Annual report of the Madras Medical College
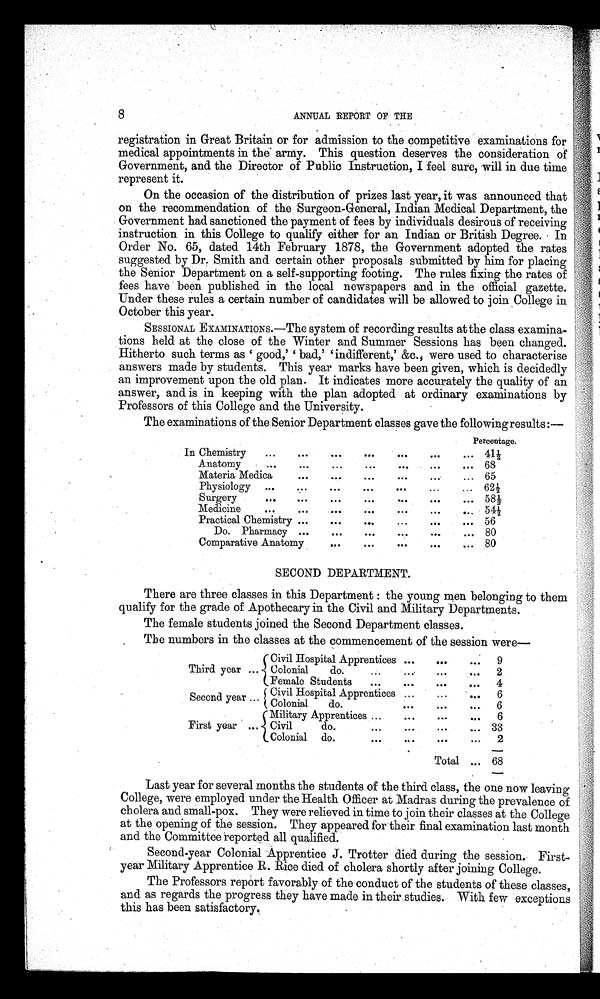
8
ANNUAL REPORT OF THE
registration in Great Britain or for admission to the competitive examinations for
medical appointments in the army. This question deserves the consideration of
Government, and the Director of Public Instruction, I feel sure, will in due time
represent it.
On the occasion of the distribution of prizes last year, it was announced that
on the recommendation of the Surgeon-General, Indian Medical Department, the
Government had sanctioned the payment of fees by individuals desirous of receiving
instruction in this College to qualify either for an Indian or British Degree. In
Order No. 65, dated 14th February 1878, the Government adopted the rates
suggested by Dr. Smith and certain other proposals submitted by him for placing
the Senior Department on a self-supporting footing. The rules fixing the rates of
fees have been published in the local newspapers and in the official gazette.
Under these rules a certain number of candidates will be allowed to join College in
October this year.
SESSIONAL EXAMINATIONS.—The system of recording results at the class examina-
tions held at the close of the Winter and Summer Sessions has been changed.
Hitherto such terms as good,' ' bad,' ' indifferent,' &c., were used to characterise
answers made by students. This year marks have been given, which is decidedly
an improvement upon the old plan. It indicates more accurately the quality of an
answer, and is in keeping with the plan adopted at ordinary examinations by
Professors of this College and the University.
The examinations of the Senior Department classes gave the following results :–
Percentage.
In Chemistry
. . .
...
...
...
...
...
. . . 41½
Anatomy
...
...
. . . . . .
...
...
. . . 68
Materia Medica
... ... ... ...
... ...
65
Physiology ...
...
...
... ... ... ...
62½
Surgery
. . .
. . . . . .
. . .
...
...
. . . 58½
Medicine
...
...
...
...
...
...
... 54½
Practical Chemistry
...
...
...
. . .
...
. . . 56
Do. Pharmacy ...
...
. . . . . .
. . .
. . . 80
Comparative Anatomy
... . . . . . .
. . .
. . .
. . . 80
SECOND DEPARTMENT.
There are three classes in this Department : the young men belonging to them
qualify for the grade of Apothecary in the Civil and Military Departments.
The female students joined the Second Department classes.
The numbers in the classes at the commencement of the session were–
Civil Hospital Apprentices ...
. . .
... 9
Third year ...
Colonial
do.
...
...
. . .
... 2
Female Students
...
. . .
. . .
... 4
Second year Civil Hospital Apprentices
S . .
C o l o n i a l
d o .
...
...
... ... ...
...
6
6
Military Apprentices ...
...
... ...
6
First year ... Civil
do.
... ... ... ...
33
Colonial do.
...
... ... ...
2
Total ... 68
Last year for several months the students of the third class, the one now leaving
College, were employed under the Health Officer at Madras during the prevalence of
cholera and small-pox. They were relieved in time to join their classes at the College
at the opening of the session. They appeared for their final examination last month
and the Committee reported all qualified.
Second-year Colonial Apprentice J. Trotter died during the session. First-
year Military Apprentice R. Rice died of cholera shortly after joining College.
The Professors report favorably of the conduct of the students of these classes,
and as regards the progress they have made in their studies. With few exceptions
this has been satisfactory.